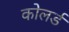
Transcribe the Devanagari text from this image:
कोलर्ड